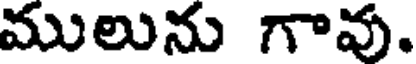
ములును గావు.